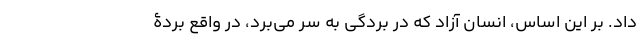
داد. بر این اساس، انسانِ آزاد که در بردگی به سر می‌برد، در واقع بردۀ